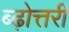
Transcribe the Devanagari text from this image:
ब्ढ़ोत्तरी